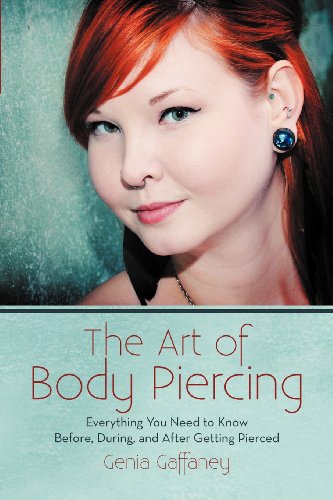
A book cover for The Art of Body Piercing: Everything You Need to Know Before, During, and After Getting Pierced; Genia Gaffaney; Reference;